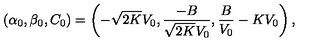
( \alpha _ { 0 } , \beta _ { 0 } , C _ { 0 } ) = \left( - \sqrt { 2 K } V _ { 0 } , \frac { - B } { \sqrt { 2 K } V _ { 0 } } , \frac { B } { V _ { 0 } } - K V _ { 0 } \right) ,